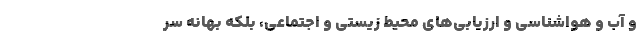
و آب و هواشناسی و ارزیابی‌های محیط زیستی و اجتماعی، بلکه بهانه سر